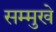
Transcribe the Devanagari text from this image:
सम्मुखे